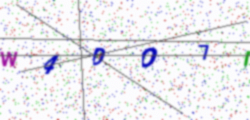
Text: W4DO7I